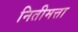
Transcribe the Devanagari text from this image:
नितीमत्ता